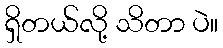
ရှိတယ်လို့ သိတာ ပဲ။